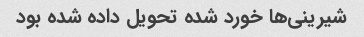
شیرینی‌ها خورد شده تحویل داده شده بود